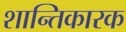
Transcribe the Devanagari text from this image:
शान्तिकारक